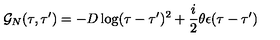
{ \cal G } _ { N } ( \tau , \tau ^ { \prime } ) = - D \log ( \tau - \tau ^ { \prime } ) ^ { 2 } + \frac i 2 \theta \epsilon ( \tau - \tau ^ { \prime } )